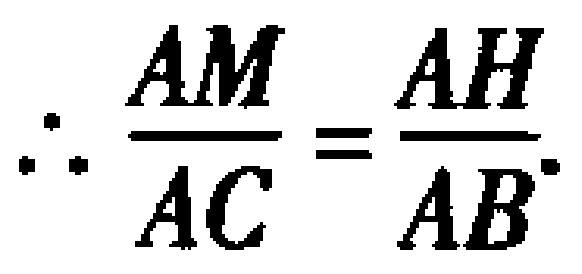
\(\therefore \frac{AM}{AC}=\frac{AH}{AB}\)